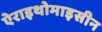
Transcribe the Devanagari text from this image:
ऐराइथोमाइसीन